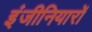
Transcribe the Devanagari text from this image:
इंजीनियारों